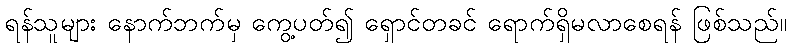
ရန်သူများ နောက်ဘက်မှ ကွေ့ပတ်၍ ရှောင်တခင် ရောက်ရှိမလာစေရန် ဖြစ်သည်။